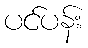
ပင်ပန်း